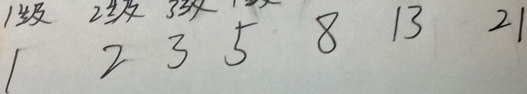
1 2 3 5 8 1 3 2 1